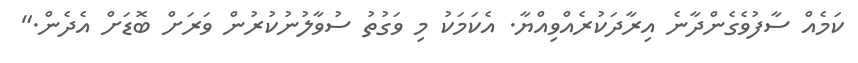
ކަމެއް ސާފުވެގެންދާނެ އިރާދަކުރެއްވިއްޔާ. އެކަމަކު މި ވަގުތު ސުވާލުނުކުރުން ވަރަށް ބޮޑަށް އެދެން."